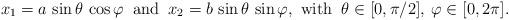
LaTeX: \begin{align*} x_1=a\, \sin\theta \, \cos\varphi\: \mbox{ and } \: x_2=b\, \sin\theta\, \sin\varphi, \mbox{ with }\: \theta \in [0,\pi/2], \: \varphi \in [0,2\pi].\end{align*}